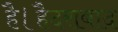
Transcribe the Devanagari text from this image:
है।हैदराबाद